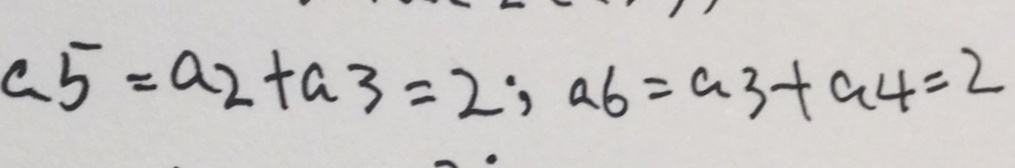
c 5 = a _ { 2 } + a _ { 3 } = 2 ; a b = a _ { 3 } + a _ { 4 } = 2